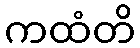
ကထံတိ